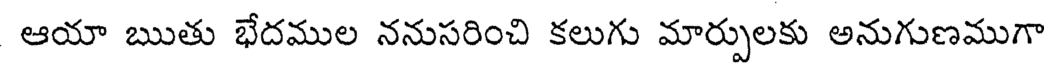
ఆయా ఋతు భేదముల ననుసరించి కలుగు మార్పులకు అనుగుణముగా